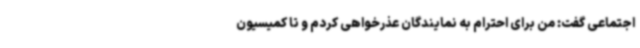
اجتماعی گفت: من برای احترام به نمایندگان عذرخواهی کردم و تا کمیسیون